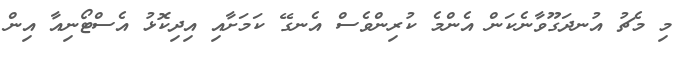
މި މެޗު އުނދަގޫވާނެކަން އެންމެ ކުރިންވެސް އެނގޭ ކަމަށާއި އިދިކޮޅު އެސްޓޯނިއާ އިން